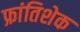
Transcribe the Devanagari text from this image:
फ्रांतिशेक